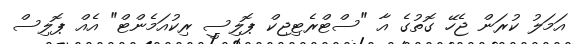
އަމަލު ކުރަން ޖެހޭ ގޮތުގެ އާ "ސްޓްރެޓިޖިކް ޕޮލިސީ ރިކުއަމެންޓް" އެއް ޕޮލިސް